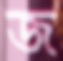
জ